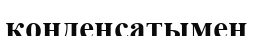
конденсатымен